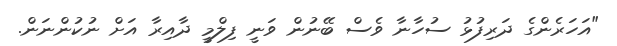
"އަހަރެންގެ ދަރިފުޅު ސުހާނާ ވެސް ބޭނުން ވަނީ ފިލްމީ ދާއިރާ އަށް ނުކުންނަން.